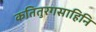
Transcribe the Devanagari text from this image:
कतितुरगसाहिनि